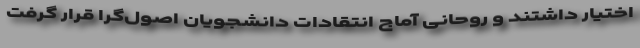
اختیار داشتند و روحانی آماج انتقادات دانشجویان اصول‌گرا قرار گرفت